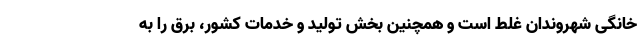
خانگی شهروندان غلط است و همچنین بخش تولید و خدمات کشور، برق را به